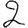
Digit: 2